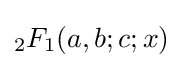
{}_{2}F_{1}(a,b;c;x)